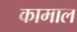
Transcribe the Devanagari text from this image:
कामाल